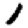
Digit: 1